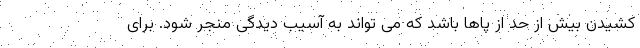
کشیدن بیش از حد از پاها باشد که می تواند به آسیب دیدگی منجر شود. برای